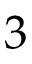
3